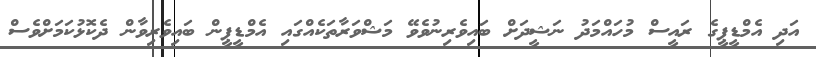
އަދި އެމްޑީޕީގެ ރައީސް މުހައްމަދު ނަޝީދަށް ބައިވެރިނުވެވޭ މަޝްވަރާތަކެއްގައި އެމްޑީޕީން ބައިވެރިވާން ދެކޮޅުކަމަށްވެސް